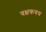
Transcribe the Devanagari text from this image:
वक्षकवच